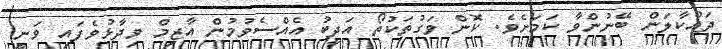
ދައްކާލަން ބޭނުންވާ ކަމަށެވެ. ކޮން ވަގުތަކުތޯ އަދީބު އެއްސެވުމުން އާޒިމް ވިދާޅުވެފައި ވަނީ